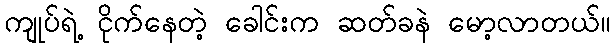
ကျုပ်ရဲ့ ငိုက်နေတဲ့ ခေါင်းက ဆတ်ခနဲ မော့လာတယ်။